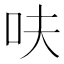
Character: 呋